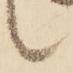
候